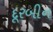
દૂરબીન